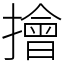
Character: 𢶒